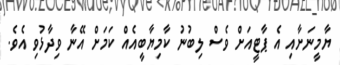
ޔާމީނަށާއި އެ ޕާޓީއަށް ވެސް ލިބުނު ކާމިޔާބީއެއް ކަމަށް އޭނާ ވިދާޅުވި އެވެ.